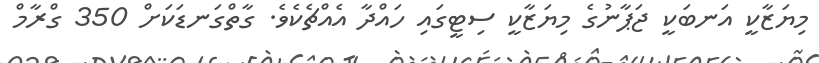
މިޔަޒާކީ އަނބަކީ ޖަޕާނުގެ މިޔަޒާކީ ސިޓީގައި ހައްދާ އެއްޗެކެވެ. ގާތްގަނޑަކަށް 350 ގްރާމް